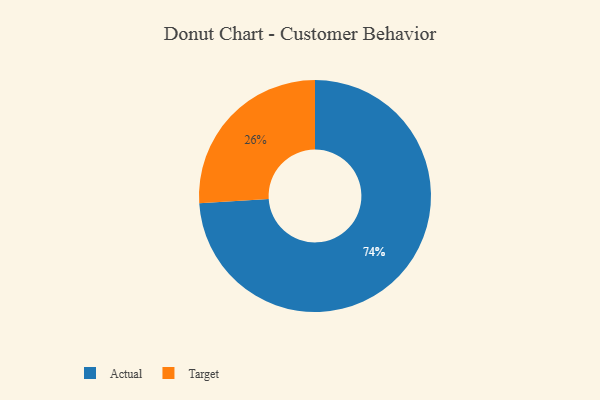
{"axis": {"x": "Category", "y": "Percentage"}, "legend": ["Actual", "Target"], "data": [{"x": "Actual", "y": 74, "type": "Actual"}, {"x": "Target", "y": 26, "type": "Target"}]}